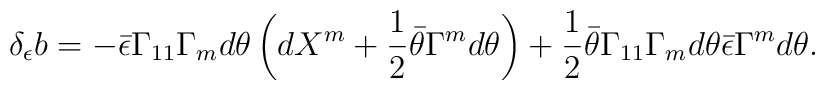
\delta_\epsilon b = -\bar\epsilon \Gamma_{11} \Gamma_m d\theta \left(d X^m +{1\over 2} \bar\theta \Gamma^m d\theta\right)+ {1 \over 2} \bar\theta \Gamma_{11} \Gamma_m d\theta \bar\epsilon \Gamma^md\theta.